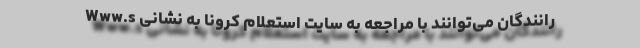
رانندگان می‌توانند با مراجعه به سایت استعلام کرونا به نشانی Www.s